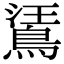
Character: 𪁘